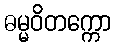
ဓမ္မဝိတက္ကော